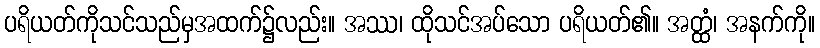
ပရိယတ်ကိုသင်သည်မှအထက်၌လည်း။ အဿ၊ ထိုသင်အပ်သော ပရိယတ်၏။ အတ္ထံ၊ အနက်ကို။